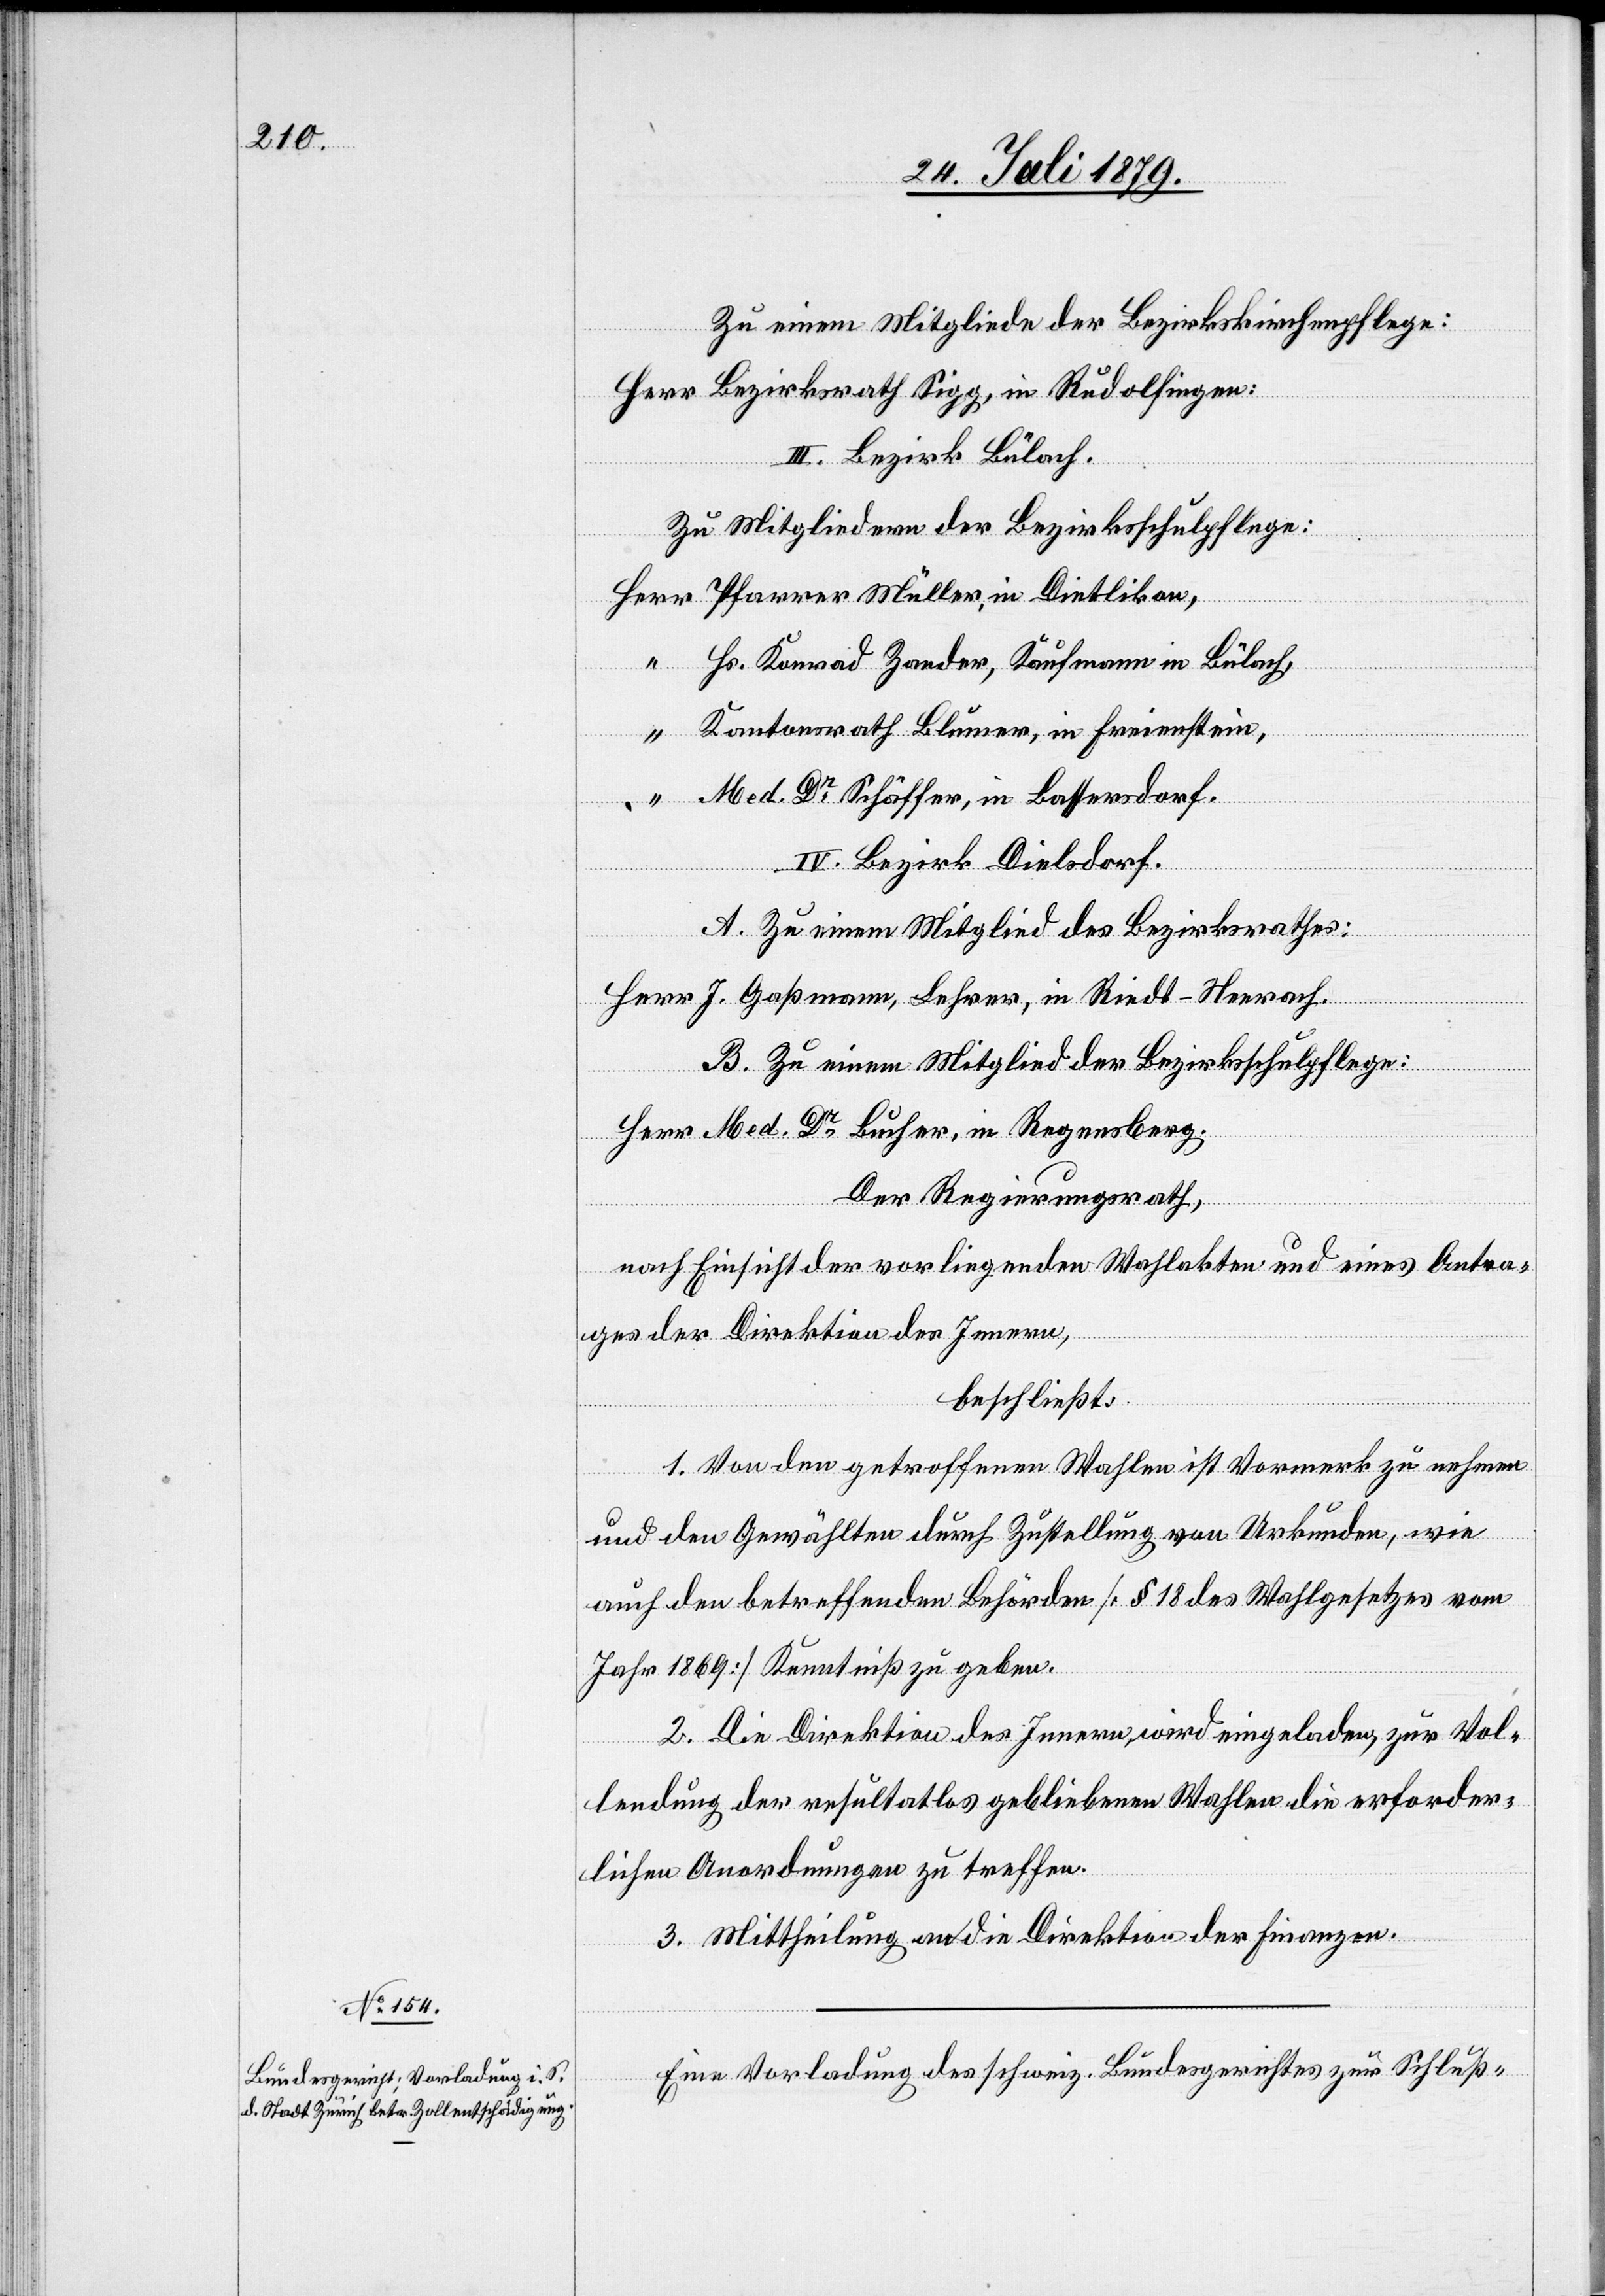
Herr Bezirksrath Sigg, in Rudolfingen.
III. Bezirk Bülach.
Zu Mitgliedern der Bezirksschulpflege:
Herr Pfarrer Müller, in Dietlikon,
Hs. Konrad Zander, Kaufmann in Bülach,
“ Kantonsrath Blumer, in Freienstein,
“ Med. Dr Schäffer, in Basersdorf.
IV. Bezirk Dielsdorf.
A. Zu einem Mitglied des Bezirksrathes:
der
Herr J. Gaßmann, Lehrer, in Riedt - Neerach.
eines Antra¬
B. Zu einem Mitglied der Bezirksschulpflege:
Herr Med. Dr Bucher, in Regensberg.
Der Regierungsrath,
ges der Direktion des Innern,
beschließt:
1. Von den getroffenen Wahlen ist Vormerk zu nehmen
und den Gewählten durch Zustellung von Urkunden, wie
auch den betreffenden Behörden [§ 18 des Wahlgesetzes vom
Jahr 1869] Kenntniß zu geben.
2. Die Direktion des Innern wird eingeladen, zur Vol¬
lendung der resultatlos gebliebenen Wahlen die erforder¬
lichen Anordnung zu treffen.
3. Mittheilung an die Direktion der Finanzen.
Eine Vorladung des schweiz. Bundesgerichtes zur Schluß-